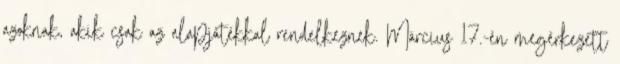
azoknak, akik csak az alapjátékkal rendelkeznek. Március 17.-én megérkezett